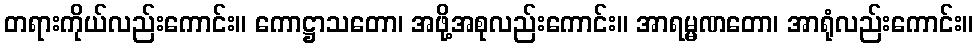
တရားကိုယ်လည်းကောင်း။ ကောဋ္ဌာသတော၊ အဖို့အစုလည်းကောင်း။ အာရမ္မဏတော၊ အာရုံလည်းကောင်း။